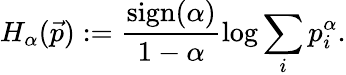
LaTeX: H_{\alpha}(\vec{p}):=\frac{\mathrm{sign}(\alpha)}{1-\alpha}\log\sum_{i}p_{i}^{\alpha}.